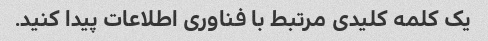
یک کلمه کلیدی مرتبط با فناوری اطلاعات پیدا کنید.